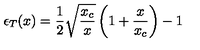
\epsilon _ { T } ( x ) = \frac { 1 } { 2 } \sqrt { \frac { x _ { c } } { x } } \left( 1 + \frac { x } { x _ { c } } \right) - 1